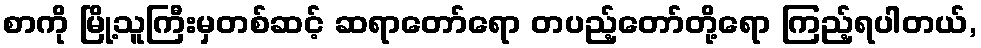
စာကို မြို့သူကြီးမှတစ်ဆင့် ဆရာတော်ရော တပည့်တော်တို့ရော ကြည့်ရပါတယ်,